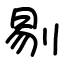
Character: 剔